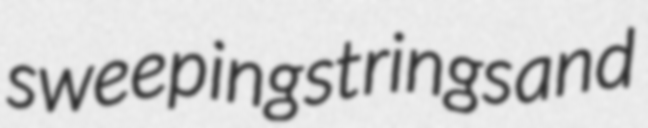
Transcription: sweeping strings and